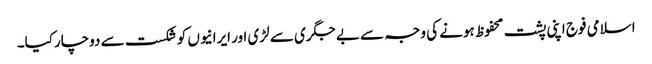
اسلامی فوج اپنی پشت محفوظ ہونے کی وجہ سے بے جگری سے لڑی اور ایرانیوں کو شکست سے دوچارکیا۔